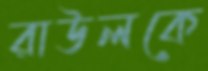
রাউলকে